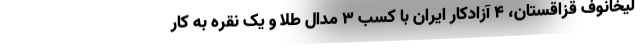
لیخانوف قزاقستان، ۴ آزادکار ایران با کسب ۳ مدال طلا و یک نقره به کار